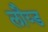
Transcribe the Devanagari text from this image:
लौय्ड